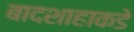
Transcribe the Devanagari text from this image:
बादशाहाकडे